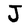
Character: J